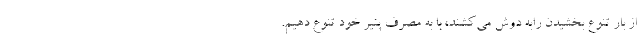
از بار تنوع بخشيدن رابه دوش مي‌كشند، با به مصرف پنیر خود تنوع دهیم.